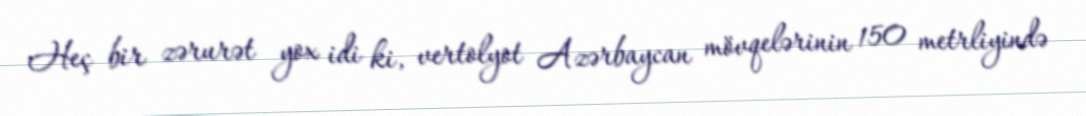
Heç bir zərurət yox idi ki, vertolyot Azərbaycan mövqelərinin 150 metrliyində